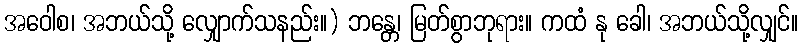
အဝေါစ၊ အဘယ်သို့ လျှောက်သနည်း။) ဘန္တေ၊ မြတ်စွာဘုရား။ ကထံ နု ခေါ၊ အဘယ်သို့လျှင်။